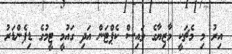
އިރު މި މެޗަކީ މާޒިޔާގެ ވައިސް ކެޕްޓަން އަދި ގައުމީ ޓީމުގެ ޑިފެންޑަރު